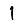
Digit: 1